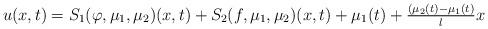
LaTeX: \begin{align*} u(x, t) = S_{1}(\varphi, \mu_{1}, \mu_{2})(x, t) + S_{2}(f, \mu_{1}, \mu_{2})(x, t) + \mu_{1}(t) + \tfrac{(\mu_{2}(t) - \mu_{1}(t)}{l} x \end{align*}